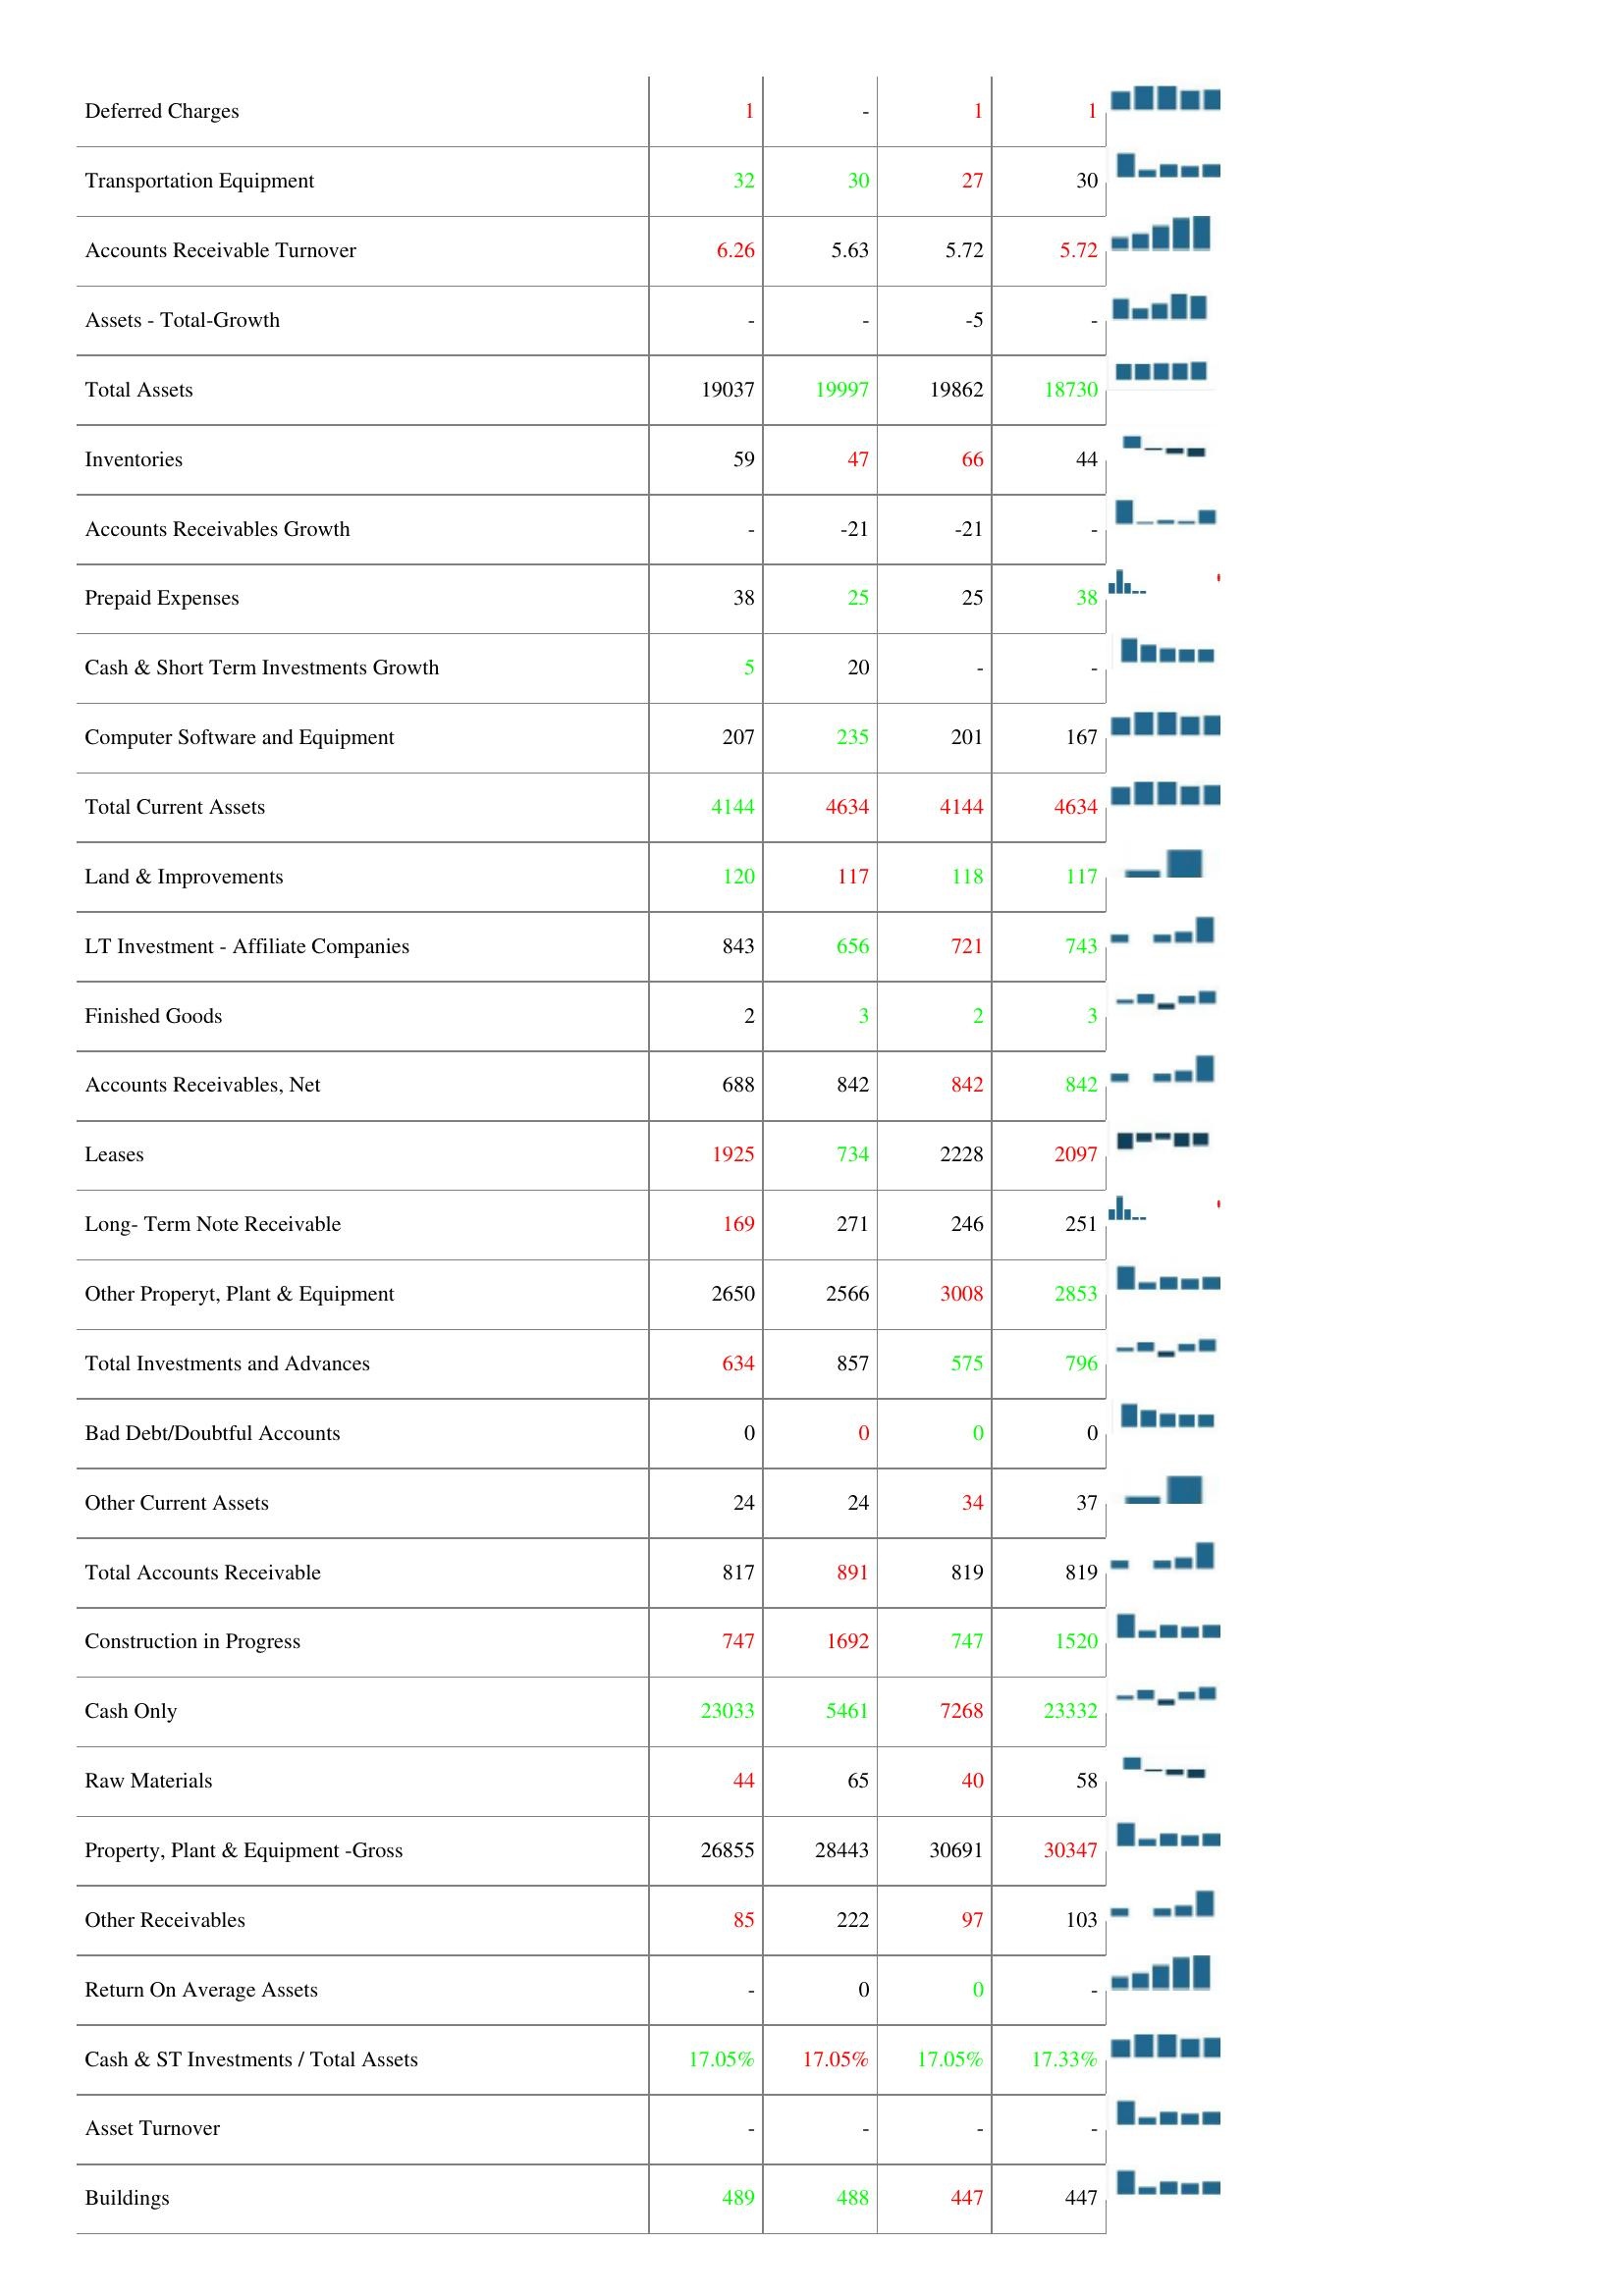
2009: Assets: Net Property,Plant & Equipment: 12802
Accumulated Depreciation: 16333
Machinery & Equipment: 22093
Other Assets: -
Accounts Receivables,Grosss: 837
Cash & Short Term Investments: 3286
Deferred Charges: 1
Transportation Equipment: 32
Accounts Receivable Turnover: 6.26
Assets - Total-Growth: -
Total Assets: 19037
Inventories: 59
Accounts Receivables Growth: -
Prepaid Expenses: 38
Cash & Short Term Investments Growth: 5
Computer Software and Equipment: 207
Total Current Assets: 4144
Land & Improvements: 120
LT Investment - Affiliate Companies: 843
Finished Goods: 2
Accounts Receivables, Net: 688
Leases: 1925
Long- Term Note Receivable: 169
Other Properyt, Plant & Equipment: 2650
Total Investments and Advances: 634
Bad Debt/Doubtful Accounts: 0
Other Current Assets: 24
Total Accounts Receivable: 817
Construction in Progress: 747
Cash Only: 23033
Raw Materials: 44
Property, Plant & Equipment -Gross: 26855
Other Receivables: 85
Return On Average Assets: -
Cash & ST Investments / Total Assets: 17.05%
Asset Turnover: -
Buildings: 489
2010: Assets: Net Property,Plant & Equipment: 12927
Accumulated Depreciation: 16476
Machinery & Equipment: 21482
Other Assets: -
Accounts Receivables,Grosss: 825
Cash & Short Term Investments: 3591
Deferred Charges: -
Transportation Equipment: 30
Accounts Receivable Turnover: 5.63
Assets - Total-Growth: -
Total Assets: 19997
Inventories: 47
Accounts Receivables Growth: -21
Prepaid Expenses: 25
Cash & Short Term Investments Growth: 20
Computer Software and Equipment: 235
Total Current Assets: 4634
Land & Improvements: 117
LT Investment - Affiliate Companies: 656
Finished Goods: 3
Accounts Receivables, Net: 842
Leases: 734
Long- Term Note Receivable: 271
Other Properyt, Plant & Equipment: 2566
Total Investments and Advances: 857
Bad Debt/Doubtful Accounts: 0
Other Current Assets: 24
Total Accounts Receivable: 891
Construction in Progress: 1692
Cash Only: 5461
Raw Materials: 65
Property, Plant & Equipment -Gross: 28443
Other Receivables: 222
Return On Average Assets: 0
Cash & ST Investments / Total Assets: 17.05%
Asset Turnover: -
Buildings: 488
2011: Assets: Net Property,Plant & Equipment: 13082
Accumulated Depreciation: 16333
Machinery & Equipment: 22542
Other Assets: -
Accounts Receivables,Grosss: 825
Cash & Short Term Investments: 3285
Deferred Charges: 1
Transportation Equipment: 27
Accounts Receivable Turnover: 5.72
Assets - Total-Growth: -5
Total Assets: 19862
Inventories: 66
Accounts Receivables Growth: -21
Prepaid Expenses: 25
Cash & Short Term Investments Growth: -
Computer Software and Equipment: 201
Total Current Assets: 4144
Land & Improvements: 118
LT Investment - Affiliate Companies: 721
Finished Goods: 2
Accounts Receivables, Net: 842
Leases: 2228
Long- Term Note Receivable: 246
Other Properyt, Plant & Equipment: 3008
Total Investments and Advances: 575
Bad Debt/Doubtful Accounts: 0
Other Current Assets: 34
Total Accounts Receivable: 819
Construction in Progress: 747
Cash Only: 7268
Raw Materials: 40
Property, Plant & Equipment -Gross: 30691
Other Receivables: 97
Return On Average Assets: 0
Cash & ST Investments / Total Assets: 17.05%
Asset Turnover: -
Buildings: 447
2012: Assets: Net Property,Plant & Equipment: 13094
Accumulated Depreciation: 17323
Machinery & Equipment: 22615
Other Assets: -
Accounts Receivables,Grosss: 689
Cash & Short Term Investments: 3286
Deferred Charges: 1
Transportation Equipment: 30
Accounts Receivable Turnover: 5.72
Assets - Total-Growth: -
Total Assets: 18730
Inventories: 44
Accounts Receivables Growth: -
Prepaid Expenses: 38
Cash & Short Term Investments Growth: -
Computer Software and Equipment: 167
Total Current Assets: 4634
Land & Improvements: 117
LT Investment - Affiliate Companies: 743
Finished Goods: 3
Accounts Receivables, Net: 842
Leases: 2097
Long- Term Note Receivable: 251
Other Properyt, Plant & Equipment: 2853
Total Investments and Advances: 796
Bad Debt/Doubtful Accounts: 0
Other Current Assets: 37
Total Accounts Receivable: 819
Construction in Progress: 1520
Cash Only: 23332
Raw Materials: 58
Property, Plant & Equipment -Gross: 30347
Other Receivables: 103
Return On Average Assets: -
Cash & ST Investments / Total Assets: 17.33%
Asset Turnover: -
Buildings: 447